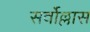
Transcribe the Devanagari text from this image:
सर्वोल्लास